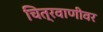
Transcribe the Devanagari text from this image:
चित्रवाणीवर